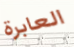
العابرة